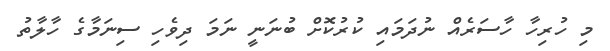
މި ހުރިހާ ހާސަރެއް ނުދަމައި ކުރުކޮށް ބުނަނީ ނަމަ ދިވެހި ސިނަމާގެ ހާލާތު